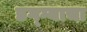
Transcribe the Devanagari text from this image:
डग्ग्याचा